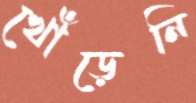
খোঁড়েনি